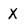
Character: X